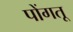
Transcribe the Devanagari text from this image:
पोंगतू